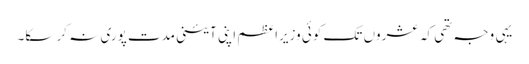
یہی وجہ تھی کہ عشروں تک کوئی وزیراعظم اپنی آئینی مدت پوری نہ کر سکا۔